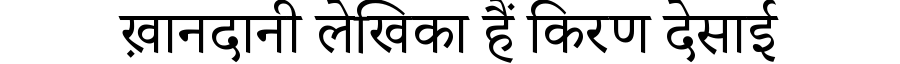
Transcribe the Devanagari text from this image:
ख़ानदानी लेखिका हैं किरण देसाई